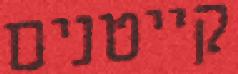
קייטנים